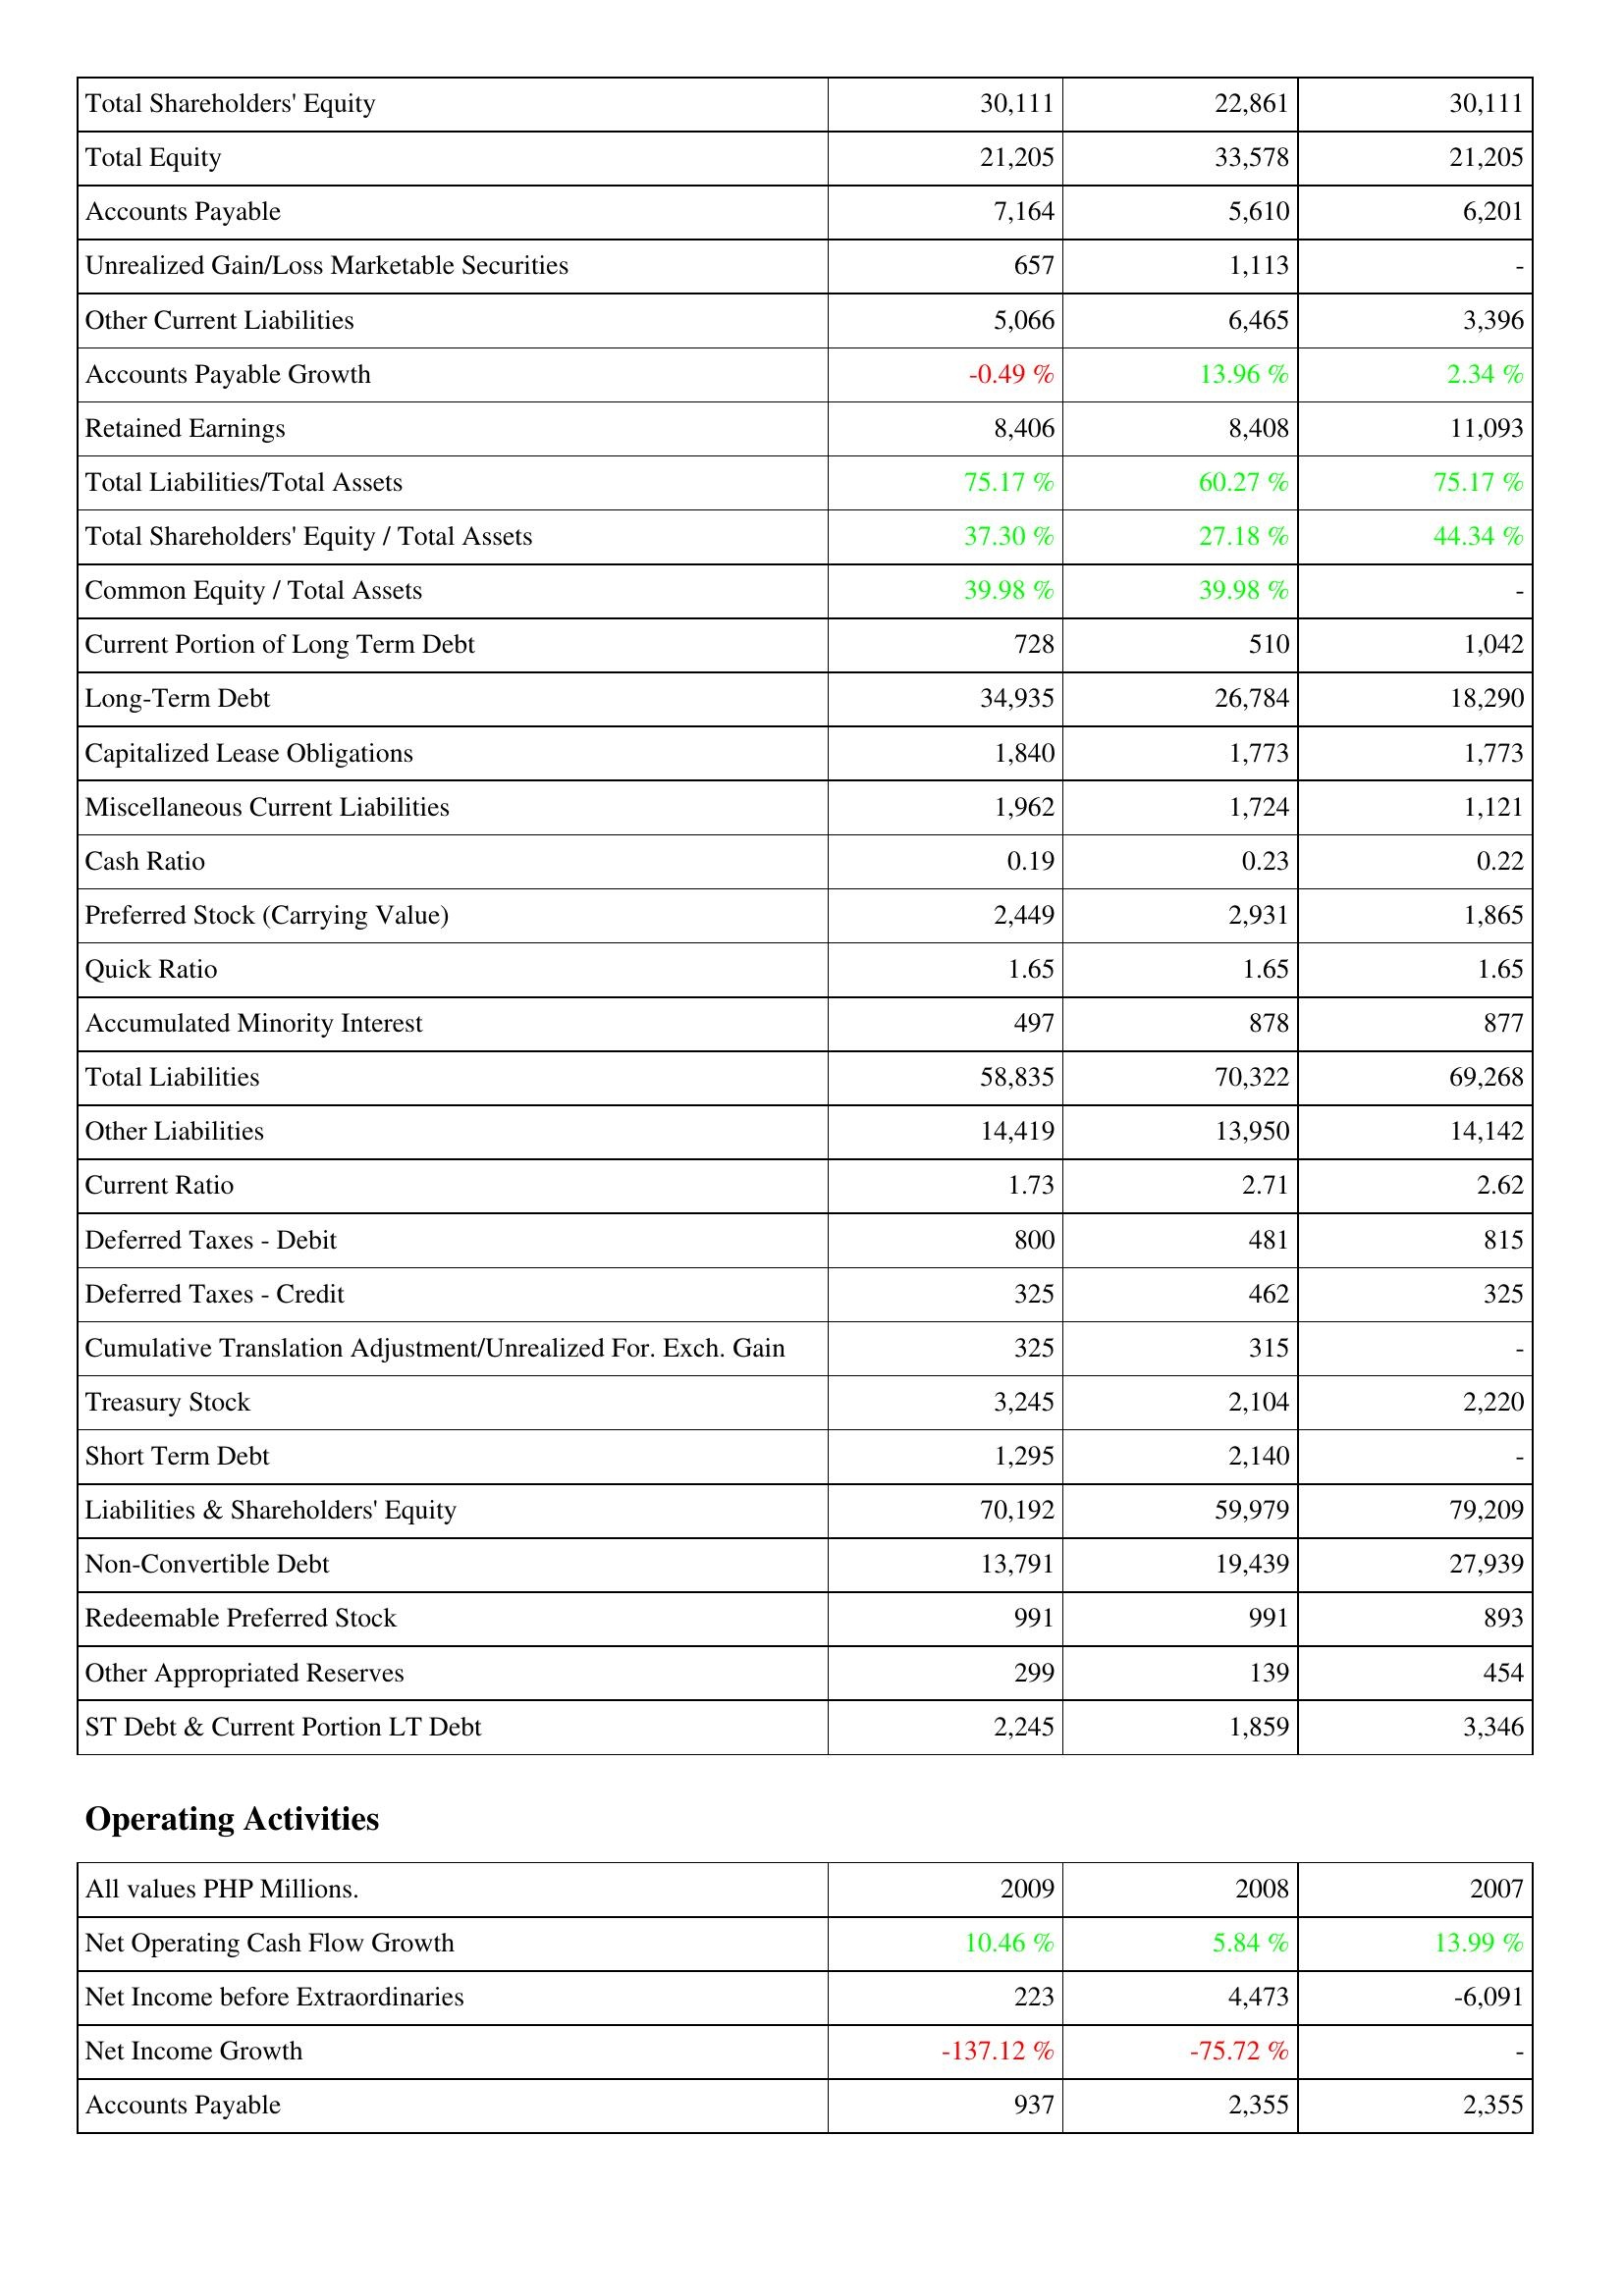
2009: Liabilities & Shareholders' Equity: Total Shareholders' Equity: 30,111
Total Equity: 21,205
Accounts Payable: 7,164
Unrealized Gain/Loss Marketable Securities: 657
Other Current Liabilities: 5,066
Accounts Payable Growth: -0.49 %
Retained Earnings: 8,406
Total Liabilities/Total Assets: 75.17 %
Total Shareholders' Equity / Total Assets: 37.30 %
Common Equity / Total Assets: 39.98 %
Current Portion of Long Term Debt: 728
Long-Term Debt: 34,935
Capitalized Lease Obligations: 1,840
Miscellaneous Current Liabilities: 1,962
Cash Ratio: 0.19
Preferred Stock (Carrying Value): 2,449
Quick Ratio: 1.65
Accumulated Minority Interest: 497
Total Liabilities: 58,835
Other Liabilities: 14,419
Current Ratio: 1.73
Deferred Taxes - Debit: 800
Deferred Taxes - Credit: 325
Cumulative Translation Adjustment/Unrealized For. Exch. Gain: 325
Treasury Stock: 3,245
Short Term Debt: 1,295
Liabilities & Shareholders' Equity: 70,192
Non-Convertible Debt: 13,791
Redeemable Preferred Stock: 991
Other Appropriated Reserves: 299
ST Debt & Current Portion LT Debt: 2,245
Operating Activities: Net Operating Cash Flow Growth: 10.46 %
Net Income before Extraordinaries: 223
Net Income Growth: -137.12 %
Accounts Payable: 937
2008: Liabilities & Shareholders' Equity: Total Shareholders' Equity: 22,861
Total Equity: 33,578
Accounts Payable: 5,610
Unrealized Gain/Loss Marketable Securities: 1,113
Other Current Liabilities: 6,465
Accounts Payable Growth: 13.96 %
Retained Earnings: 8,408
Total Liabilities/Total Assets: 60.27 %
Total Shareholders' Equity / Total Assets: 27.18 %
Common Equity / Total Assets: 39.98 %
Current Portion of Long Term Debt: 510
Long-Term Debt: 26,784
Capitalized Lease Obligations: 1,773
Miscellaneous Current Liabilities: 1,724
Cash Ratio: 0.23
Preferred Stock (Carrying Value): 2,931
Quick Ratio: 1.65
Accumulated Minority Interest: 878
Total Liabilities: 70,322
Other Liabilities: 13,950
Current Ratio: 2.71
Deferred Taxes - Debit: 481
Deferred Taxes - Credit: 462
Cumulative Translation Adjustment/Unrealized For. Exch. Gain: 315
Treasury Stock: 2,104
Short Term Debt: 2,140
Liabilities & Shareholders' Equity: 59,979
Non-Convertible Debt: 19,439
Redeemable Preferred Stock: 991
Other Appropriated Reserves: 139
ST Debt & Current Portion LT Debt: 1,859
Operating Activities: Net Operating Cash Flow Growth: 5.84 %
Net Income before Extraordinaries: 4,473
Net Income Growth: -75.72 %
Accounts Payable: 2,355
2007: Liabilities & Shareholders' Equity: Total Shareholders' Equity: 30,111
Total Equity: 21,205
Accounts Payable: 6,201
Unrealized Gain/Loss Marketable Securities: -
Other Current Liabilities: 3,396
Accounts Payable Growth: 2.34 %
Retained Earnings: 11,093
Total Liabilities/Total Assets: 75.17 %
Total Shareholders' Equity / Total Assets: 44.34 %
Common Equity / Total Assets: -
Current Portion of Long Term Debt: 1,042
Long-Term Debt: 18,290
Capitalized Lease Obligations: 1,773
Miscellaneous Current Liabilities: 1,121
Cash Ratio: 0.22
Preferred Stock (Carrying Value): 1,865
Quick Ratio: 1.65
Accumulated Minority Interest: 877
Total Liabilities: 69,268
Other Liabilities: 14,142
Current Ratio: 2.62
Deferred Taxes - Debit: 815
Deferred Taxes - Credit: 325
Cumulative Translation Adjustment/Unrealized For. Exch. Gain: -
Treasury Stock: 2,220
Short Term Debt: -
Liabilities & Shareholders' Equity: 79,209
Non-Convertible Debt: 27,939
Redeemable Preferred Stock: 893
Other Appropriated Reserves: 454
ST Debt & Current Portion LT Debt: 3,346
Operating Activities: Net Operating Cash Flow Growth: 13.99 %
Net Income before Extraordinaries: -6,091
Net Income Growth: -
Accounts Payable: 2,355